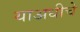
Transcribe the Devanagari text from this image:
याअधीचे